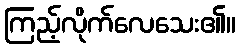
ကြည့်လိုက်လေသေး၏။